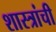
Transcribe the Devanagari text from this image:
शास्त्रांची